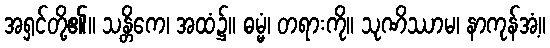
အရှင်တို့၏။ သန္တိကေ၊ အထံ၌။ ဓမ္မံ၊ တရားကို။ သုဏိဿာမ၊ နာကုန်အံ့။